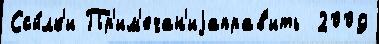
Ссы́лк'и Пр'им'ечан'иjаправ'ить  2009